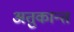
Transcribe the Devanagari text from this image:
अतुकान्त